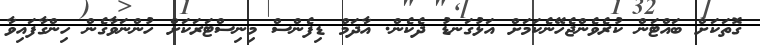
ގޮތަކަށް ބައްޓަން ކުރެވެންޖެހޭނެކަމަށް އަޅުގަނޑު ދެކެން. އާދަމް ޑިފެންސް މިނިސްޓަރަކަށް ހުންނަވާގެން ހިންގާފައިވާ